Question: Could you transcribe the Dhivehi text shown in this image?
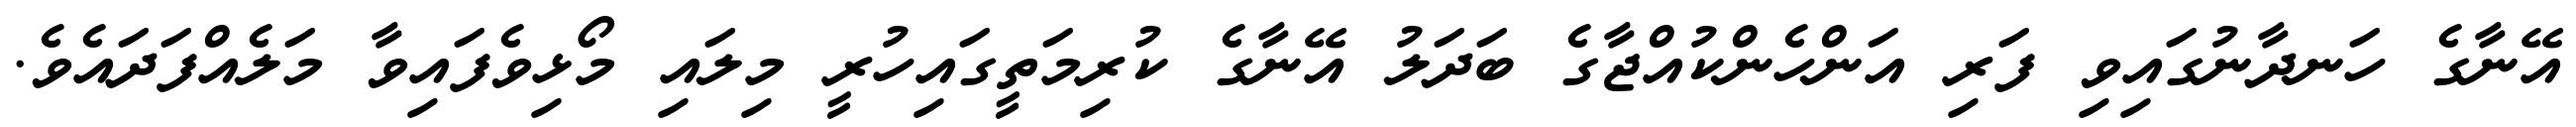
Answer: އޭނާގެ ހަނދާނުގައިވި ފަރި އަންހެންކުއްޖާގެ ބަދަލު އޭނާގެ ކުރިމަތީގައިހުރީ މިލައި މޯޅިވެފައިވާ މަލެއްފަދައެވެ.